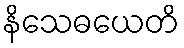
နိသေဓယေတိ